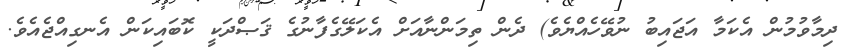
ދިމާވުމުން އެކަމާ އަޖައިބު ނުވޭހެއްޔެވެ) ދެން ތިމަންނާއަށް އެކަލޭގެފާނުގެ ޤަޞްދަކީ ކޮބައިކަން އެނގިއްޖެއެވެ.